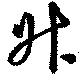
升